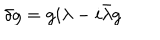
\delta g = g i \lambda - i \bar { \lambda } g